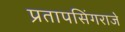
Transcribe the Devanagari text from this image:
प्रतापसिंगराजे